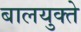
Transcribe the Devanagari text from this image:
बालयुक्ते